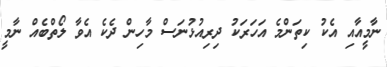
ނާމީއާއި އެކު ކިތަންމެ އަހަރަކު ދިރިއުޅުނަސް މާހިން ދެކެ އެވާ ލޯތްބެއް ނާމީ